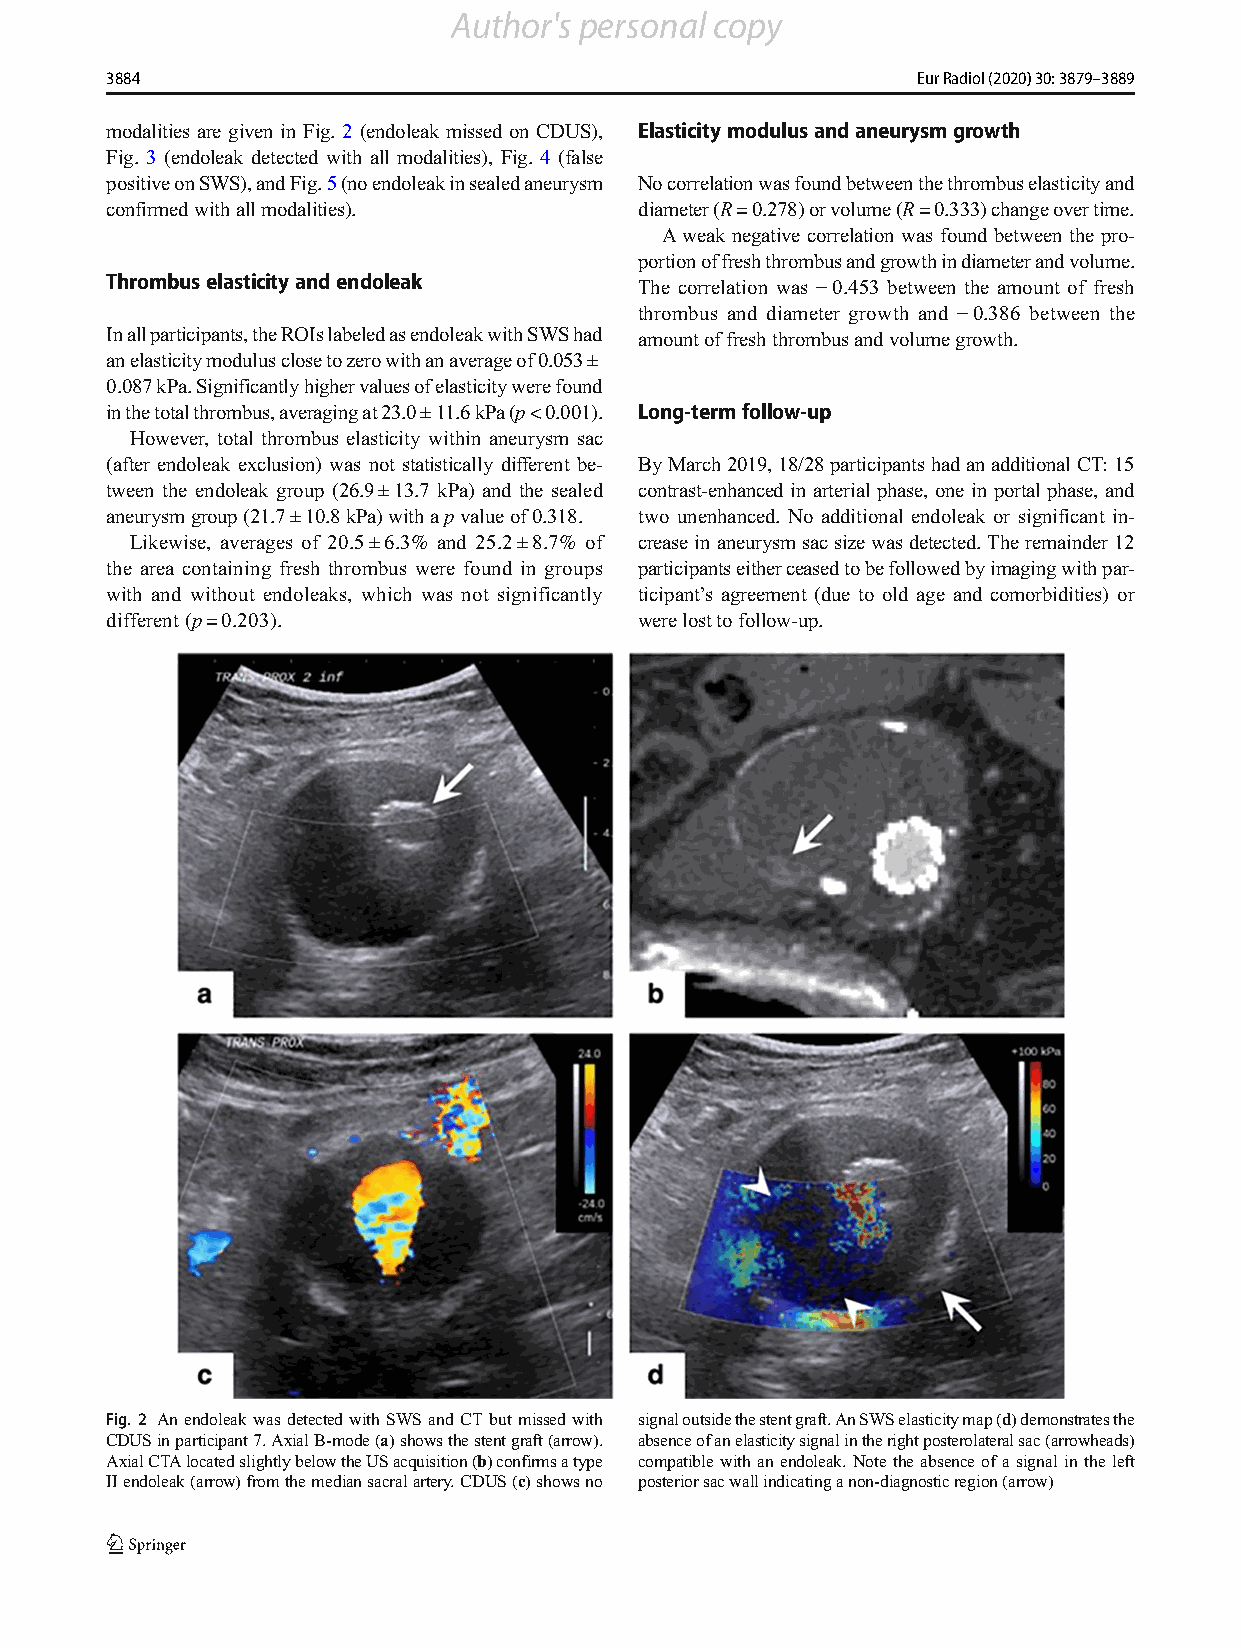
Author's personal copy
 3884                                                  Eur Radiol (2020) 30: 3879–3889
 modalities are given in Fig. 2 (endoleak missed on CDUS), Elasticitymodulusandaneurysmgrowth
 Fig. 3 (endoleak detected with all modalities), Fig. 4 (false
 positiveonSWS),andFig.5(noendoleakinsealedaneurysm Nocorrelationwasfoundbetweenthethrombuselasticityand
 confirmedwithallmodalities).       diameter(R=0.278)orvolume(R=0.333)changeovertime.
 Aweak negative correlation was found between the pro-
 portionoffreshthrombusandgrowthindiameterandvolume.
 Thrombuselasticityandendoleak      The correlation was −0.453 between the amount of fresh
 thrombus and diameter growth and −0.386 between the
 Inallparticipants,theROIslabeledasendoleakwithSWShad amountoffreshthrombusandvolumegrowth.
 anelasticitymodulusclosetozerowithanaverageof0.053±
 0.087kPa.Significantlyhighervaluesofelasticitywerefound
 inthetotalthrombus,averagingat23.0±11.6kPa(p<0.001). Long-termfollow-up
 However, total thrombus elasticity within aneurysm sac
 (after endoleak exclusion) was not statistically different be- ByMarch2019,18/28participantshadanadditionalCT:15
 tween the endoleak group (26.9±13.7 kPa) and the sealed contrast-enhanced in arterial phase, one in portal phase, and
 aneurysmgroup(21.7±10.8kPa)withapvalueof0.318. two unenhanced. No additional endoleak or significant in-
 Likewise, averages of 20.5±6.3% and 25.2±8.7% of creaseinaneurysmsac sizewas detected.The remainder 12
 the area containing fresh thrombus were found in groups participantseitherceasedtobefollowedbyimagingwithpar-
 with and without endoleaks, which was not significantly ticipant’s agreement (due to old age and comorbidities) or
 different (p=0.203).               werelosttofollow-up.
 Fig. 2 An endoleakwas detected with SWS and CT but missed with signaloutsidethestentgraft.AnSWSelasticitymap(d)demonstratesthe
 CDUSinparticipant7.AxialB-mode(a)showsthestentgraft(arrow). absenceofanelasticitysignalintherightposterolateralsac(arrowheads)
 AxialCTAlocatedslightlybelowtheUSacquisition(b)confirmsatype compatible with an endoleak. Note the absence of a signal in the left
 IIendoleak(arrow)fromthemediansacralartery.CDUS(c)showsno posteriorsacwallindicatinganon-diagnosticregion(arrow)